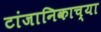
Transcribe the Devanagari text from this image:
टांजानिकाच्या